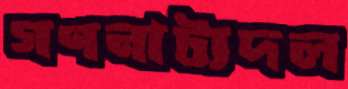
গণনাট্যদল